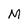
Character: M